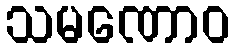
သမဏောဝ